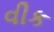
વીક